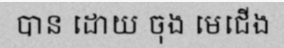
បាន ដោយ ចុង មេជើង